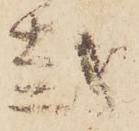
越